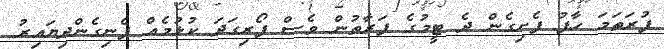
ފުރަތަމަ ހާފު ފެށިގެން ދެ ޓީމުގެ ފަރާތުން ވެސް ފޯރިގަދަ ކުޅުމެއް ފެނިގެންދިޔައިރު